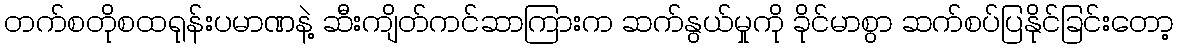
တက်စတိုစထရုန်းပမာဏနဲ့ ဆီးကျိတ်ကင်ဆာကြားက ဆက်နွယ်မှုကို ခိုင်မာစွာ ဆက်စပ်ပြနိုင်ခြင်းတော့